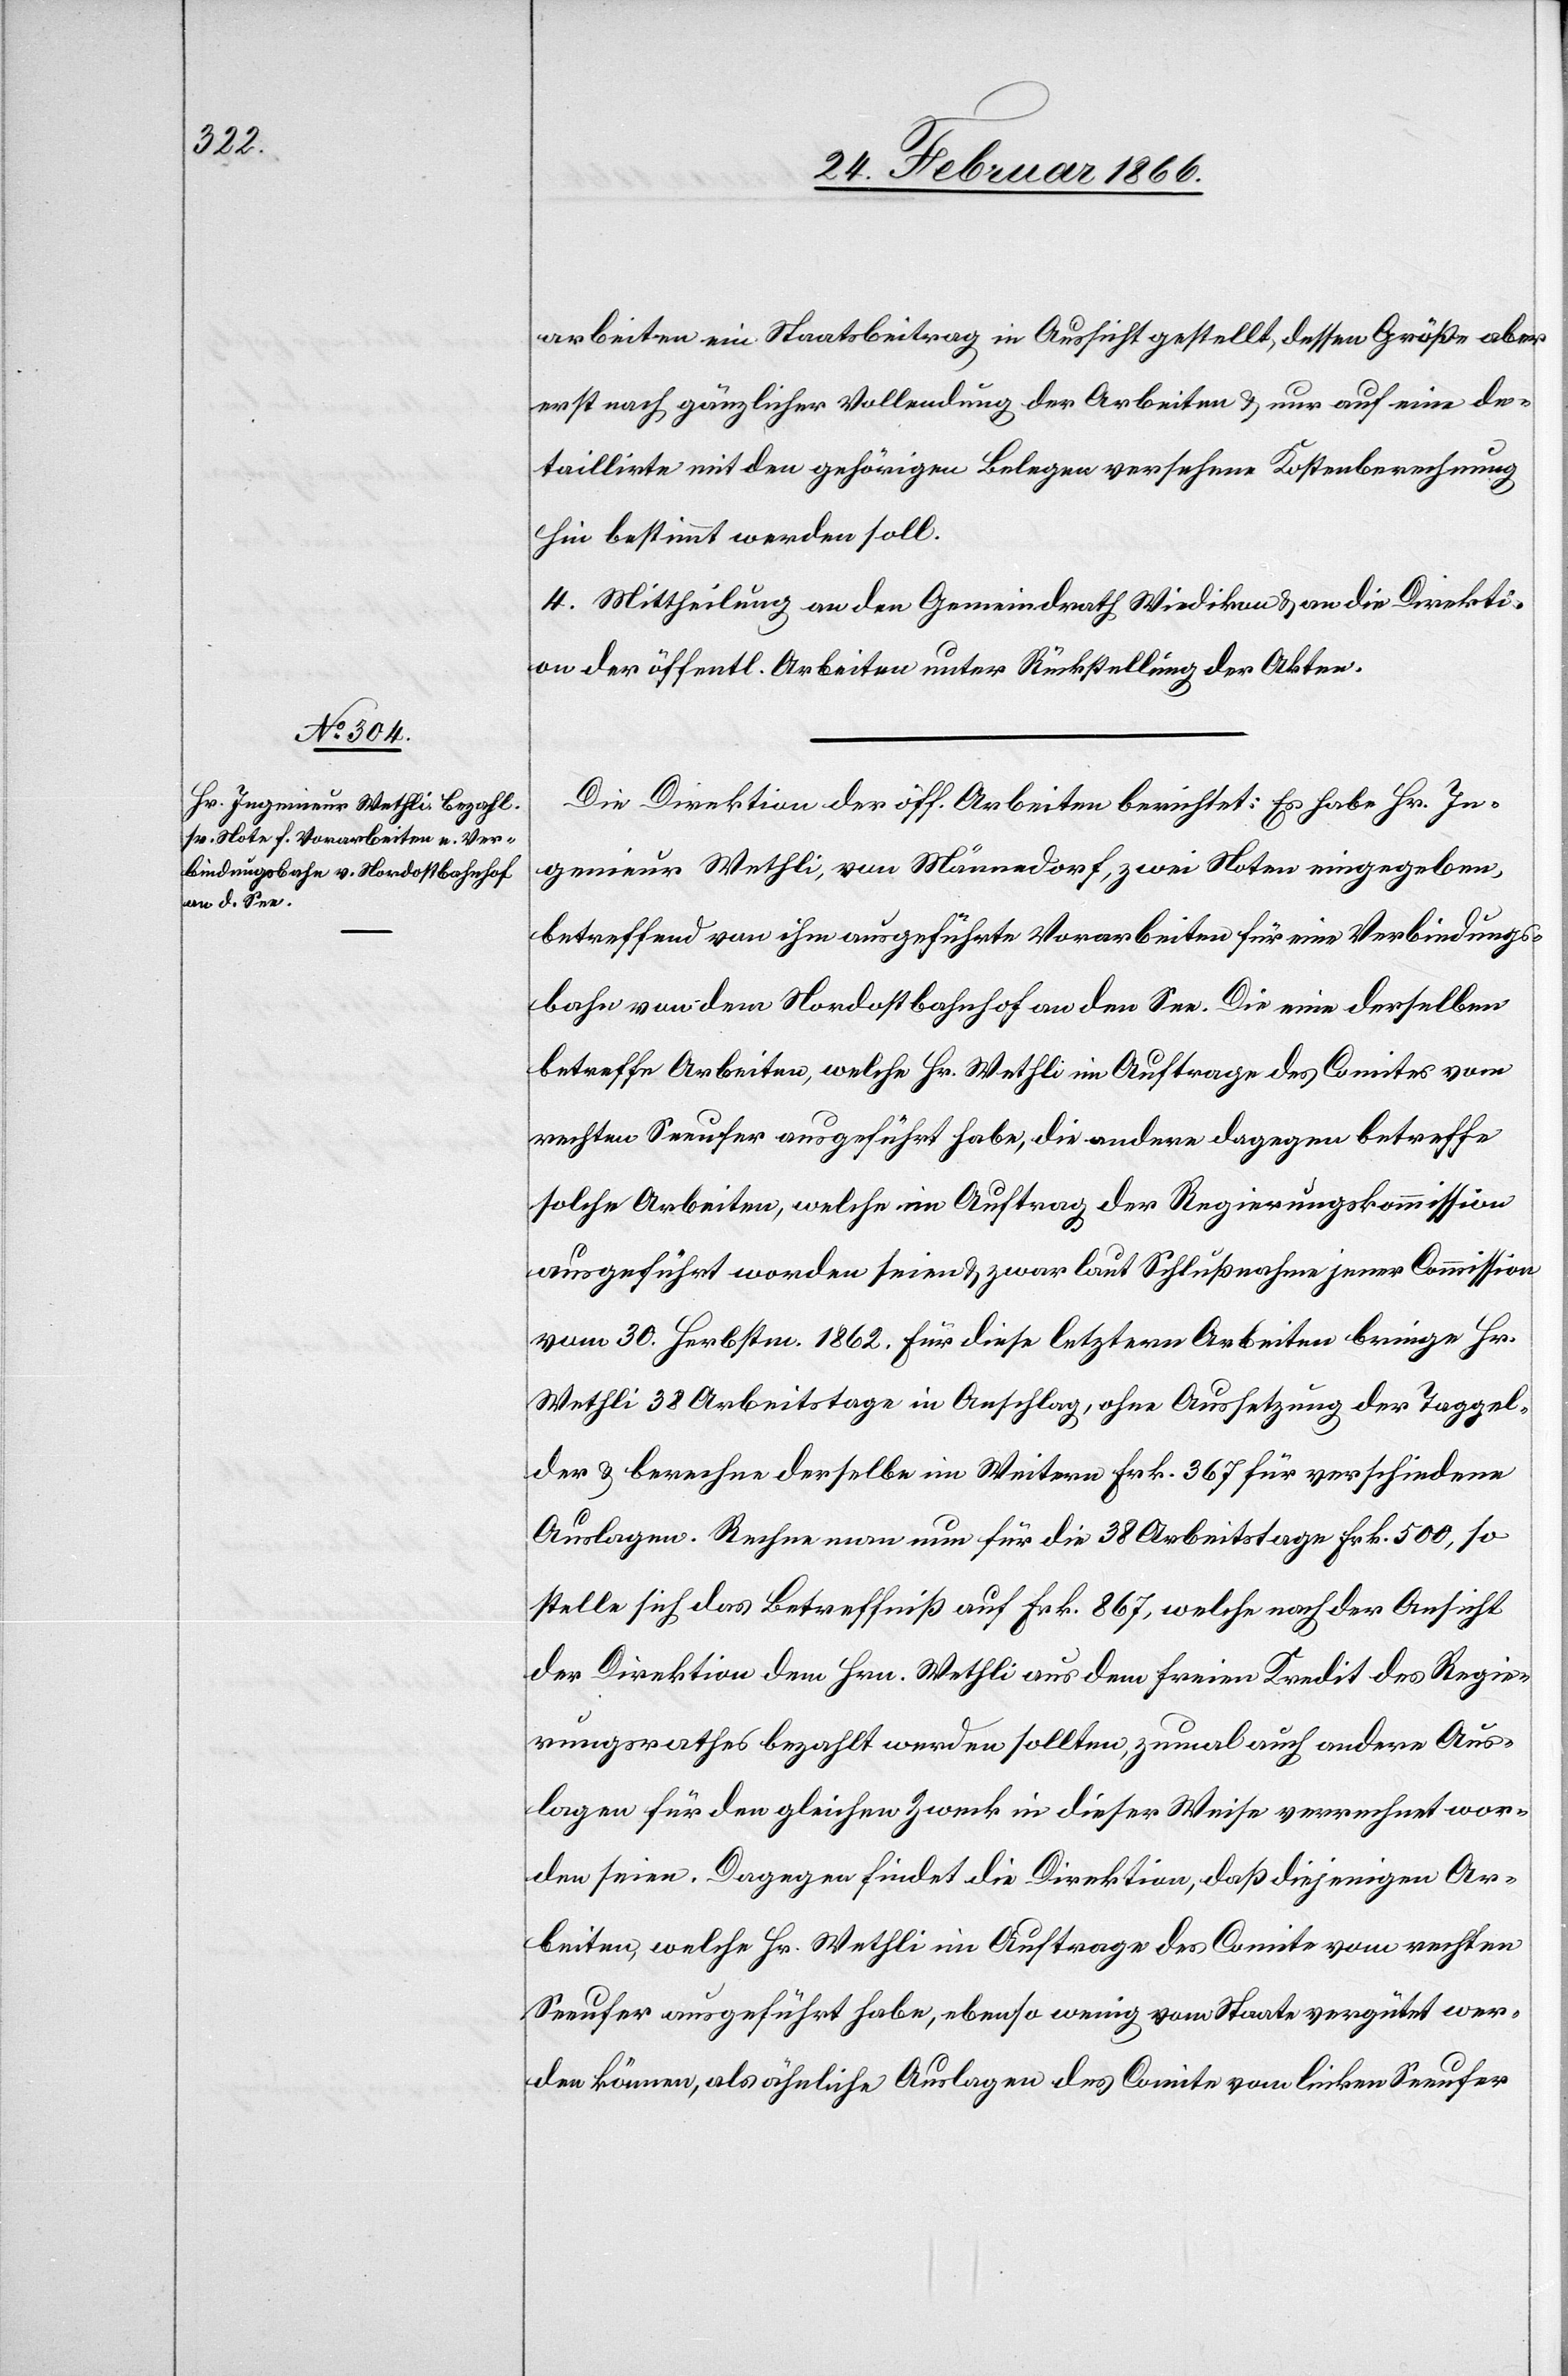
arbeiten ein Staatsbeitrag in Aussicht gestellt, dessen Größe aber
erst nach gänzlicher Vollendung der Arbeiten u. nur auf eine de¬
taillirte mit den gehörigen Belegen versehene Kostenberechnung
hin bestimmt werden soll.
4. Mittheilung an den Gemeindrath Wiedikon u. an die Direkti¬
on der öffentl. Arbeiten unter Rückstellung der Akten.
Die Direktion der öff. Arbeiten berichtet: Es habe Hr. In¬
genieur Wethli, von Männedorf, zwei Noten eingegeben,
betreffend von ihm ausgeführte Vorarbeiten für eine Verbindungs¬
bahn von dem Nordostbahnhof an den See. Die eine derselben
betreffe Arbeiten, welche Hr. Wethli im Auftrage des Comites vom
rechten Seeufer ausgeführt habe, die andere dagegen betreffe
solche Arbeiten, welche im Auftrag der Regierungskommission
ausgeführt worden seien u. zwar laut Schlußnahme jener Commission
vom 30. Herbstm. 1862. Für diese letztern Arbeiten bringe Hr.
Wethli 38 Arbeitstage in Anschlag, ohne Aussetzung der Taggel¬
der u. berechne derselbe im Weitern Frk. 367 für verschiedene
Auslagen. Rechne man nun für die 38 Arbeitstage Frk. 500, so
stelle sich das Betreffniß auf Frk. 867, welche nach der Ansicht
der Direktion dem Hrn. Wethli aus dem freien Kredit des Regie¬
rungsrathes bezahlt werden sollten, zumal auch andere Aus¬
lagen für den gleichen Zweck in dieser Weise verrechnet wor¬
den seien. Dagegen findet die Direktion, daß diejenigen Ar¬
beiten, welche Hr. Wethli im Auftrage des Comite vom rechten
Seeufer ausgeführt habe, ebenso wenig vom Staate vergütet wer¬
den können, als ähnliche Auslagen des Comite vom linken Seeufer